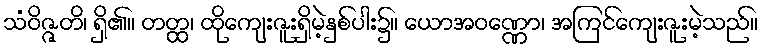
သံဝိဇ္ဇတိ၊ ရှိ၏။ တတ္ထ၊ ထိုကျေးဇူးရှိမဲ့နှစ်ပါး၌။ ယောအဝဏ္ဏော၊ အကြင်ကျေးဇူးမဲ့သည်။